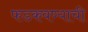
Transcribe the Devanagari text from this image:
फडकवण्याची